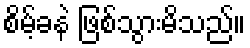
စိမ့်ခနဲ ဖြစ်သွားမိသည်။